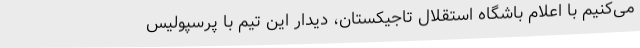
می‌کنیم با اعلام باشگاه استقلال تاجیکستان، دیدار این تیم با پرسپولیس